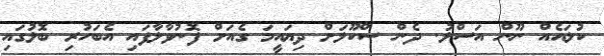
ކުލައެއް ނޫން އަސްލު. ދެން ސްކޫލަށް ދިޔައީމަ ގެއަށް ފޮނުވާލާފައި އެބަހުރި ބޮލުގައި